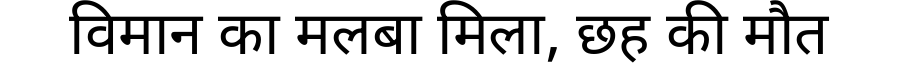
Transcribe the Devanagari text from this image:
विमान का मलबा मिला, छह की मौत